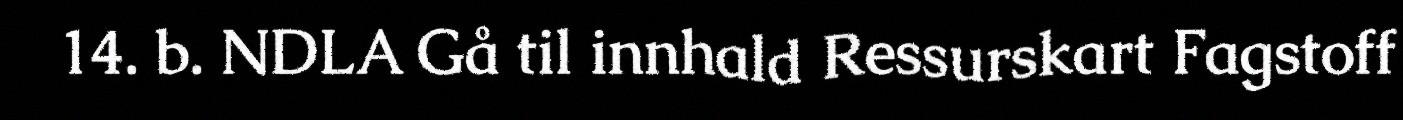
14. b. NDLA Gå til innhald Ressurskart Fagstoff